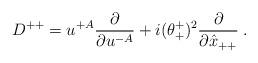
LaTeX: \begin{align*}D^{++} = u^{+A}{\partial\over\partial u^{-A}} + i(\theta^+_+)^2{\partial\over\partial\hat x_{++}}\; .\end{align*}